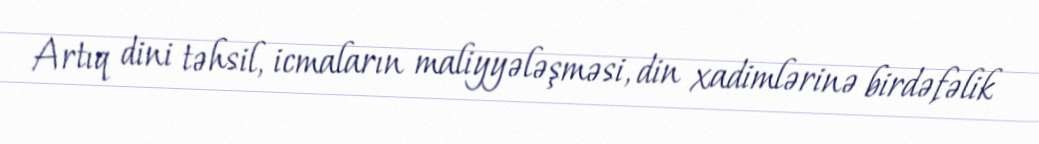
Artıq dini təhsil, icmaların maliyyələşməsi, din xadimlərinə birdəfəlik